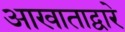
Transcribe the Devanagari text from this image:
आखाताद्वारे